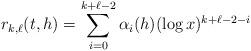
LaTeX: \begin{align*} r_{k,\ell}(t,h) = \sum_{i=0}^{k+\ell-2} \alpha_i(h) (\log x)^{k+\ell-2-i}\end{align*}